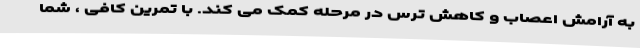
به آرامش اعصاب و کاهش ترس در مرحله کمک می کند. با تمرین کافی ، شما